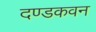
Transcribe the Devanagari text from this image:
दण्डकवन